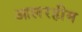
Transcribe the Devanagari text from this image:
आलरहीम